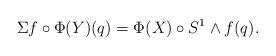
LaTeX: \begin{align*}\Sigma f\circ\Phi(Y)(q)=\Phi(X)\circ S^{1}\land f(q).\end{align*}